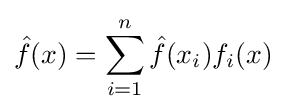
{\hat {f}}(x)=\sum _{i=1}^{n}{\hat {f}}(x_{i})f_{i}(x)